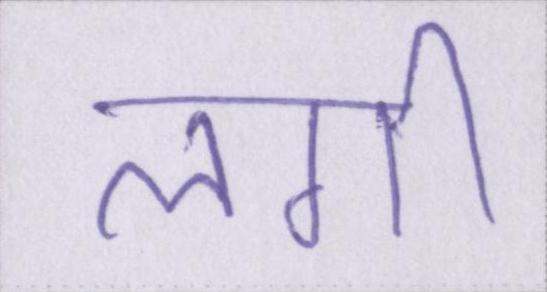
लगीं